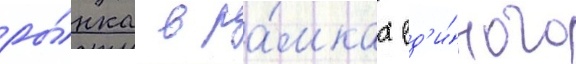
ры́нка в ра́мках ед'и́ного